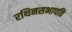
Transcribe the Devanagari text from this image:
रथिनसभापति